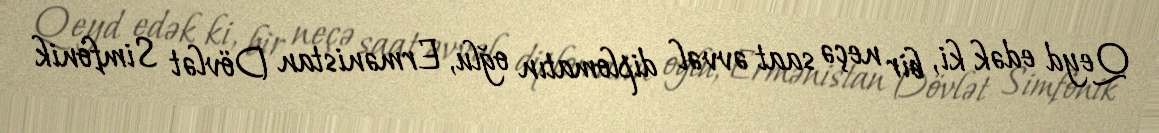
Qeyd edək ki, bir neçə saat əvvəl diplomatın oğlu, Ermənistan Dövlət Simfonik